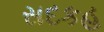
સદકહ